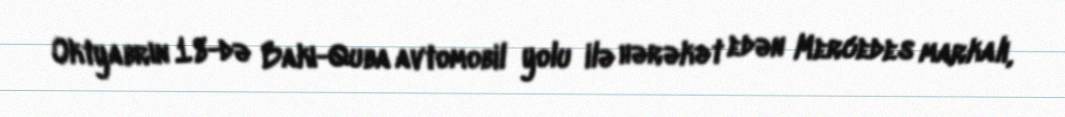
Oktyabrın 18-də Bakı-Quba avtomobil yolu ilə hərəkət edən Mercedes markalı,